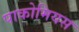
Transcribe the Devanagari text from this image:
पाकोमियस